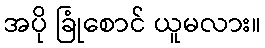
အပို ခြုံစောင် ယူမလား။